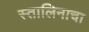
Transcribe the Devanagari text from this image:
स्तालिनाचा